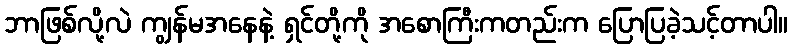
ဘာဖြစ်လို့လဲ ကျွန်မအနေနဲ့ ရှင်တို့ကို အစောကြီးကတည်းက ပြောပြခဲ့သင့်တာပါ။